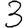
Digit: 3